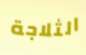
الثلاجة